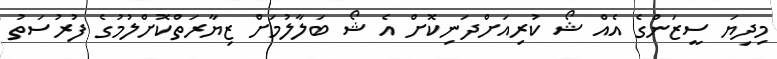
މިދިޔަ ސީޒަންގެ އެއް ޝޯ ކުރިއަށްދަނިކޮށް އެ ޝޯ ބަލާލުމަށް ޒިޔާރަތްކޮށްލުމުގެ ފުރުސަތު